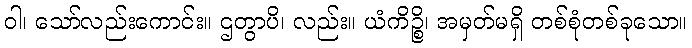
ဝါ၊ သော်လည်းကောင်း။ ဌတွာပိ၊ လည်း။ ယံကိဉ္စိ၊ အမှတ်မရှိ တစ်စုံတစ်ခုသော။